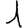
Digit: 1